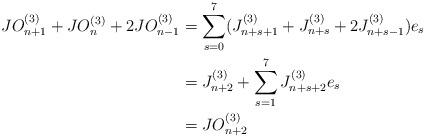
LaTeX: \begin{align*}\begin{aligned}JO_{n+1}^{(3)}+JO_{n}^{(3)}+2JO_{n-1}^{(3)}&=\sum_{s=0}^{7}(J_{n+s+1}^{(3)}+J_{n+s}^{(3)}+2J_{n+s-1}^{(3)})e_{s}\\&=J_{n+2}^{(3)}+\sum_{s=1}^{7}J_{n+s+2}^{(3)}e_{s}\\&=JO_{n+2}^{(3)}\end{aligned} \end{align*}